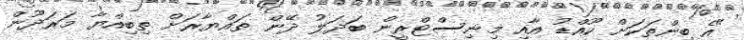
"އެ ބިންތަކަށް ކޫއްޑު އާއި މިނިސްޓްރީން ބަދަލު ދޭން ތައްޔާރަށް ތިބިއްޔާ މަރަދޫން